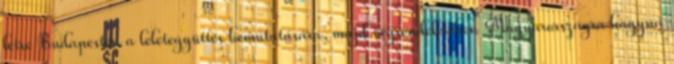
létre Budapesten a leletegyüttes bemutatására, majd végrendeletében Magyarországra hagyná